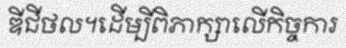
ឌីជីថល។ដើម្បីពិភាក្សាលើកិច្ចការ